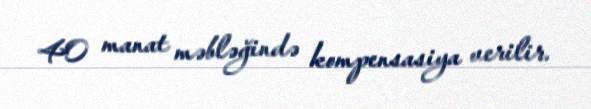
40 manat məbləğində kompensasiya verilir.